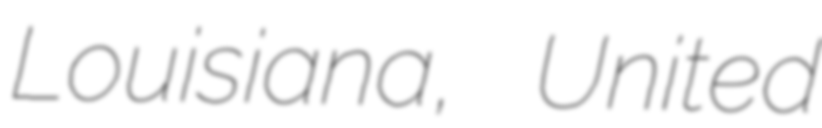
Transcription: Louisiana, United